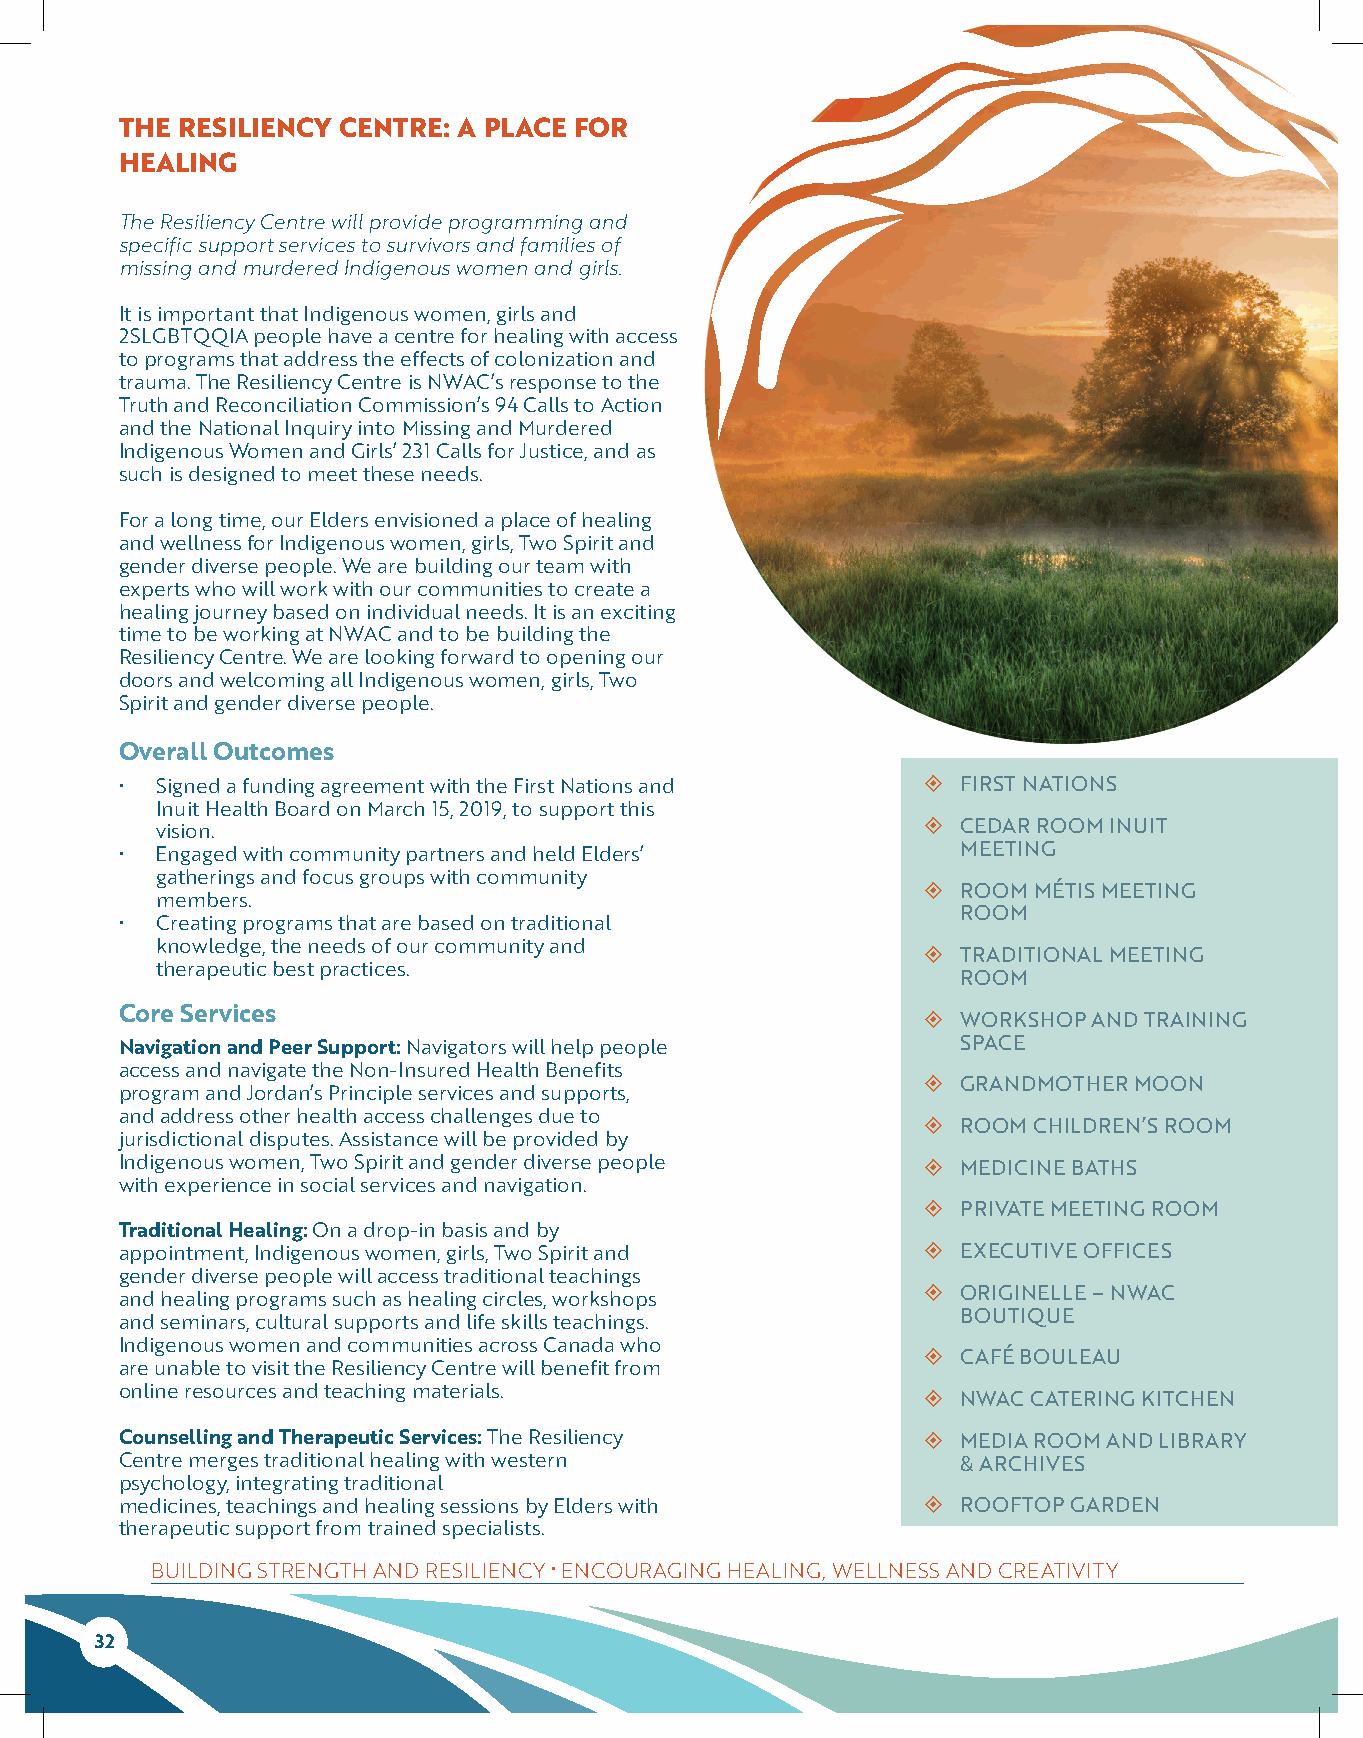
THE RESILIENCY CENTRE: A PLACE FOR
 HEALING
 The Resiliency Centre will provide programming and
 specific support services to survivors and families of
 missing and murdered Indigenous women and girls.
 It is important that Indigenous women, girls and
 2SLGBTQQIA people have a centre for healing with access
 to programs that address the effects of colonization and
 trauma. The Resiliency Centre is NWAC’s response to the
 Truth and Reconciliation Commission’s 94 Calls to Action
 and the National Inquiry into Missing and Murdered
 Indigenous Women and Girls’ 231 Calls for Justice, and as
 such is designed to meet these needs.
 For a long time, our Elders envisioned a place of healing
 and wellness for Indigenous women, girls, Two Spirit and
 gender diverse people. We are building our team with
 experts who will work with our communities to create a
 healing journey based on individual needs. It is an exciting
 time to be working at NWAC and to be building the
 Resiliency Centre. We are looking forward to opening our
 doors and welcoming all Indigenous women, girls, Two
 Spirit and gender diverse people.
 Overall Outcomes
 • Signed a funding agreement with the First Nations and  FIRST NATIONS
 Inuit Health Board on March 15, 2019, to support this
 vision.                                              CEDAR ROOM INUIT
 • Engaged with community partners and held Elders’      MEETING
 gatherings and focus groups with community
   ROOM MÉTIS MEETING
 members.
 ROOM
 • Creating programs that are based on traditional
 knowledge, the needs of our community and
   TRADITIONAL MEETING
 therapeutic best practices.
 ROOM
 Core Services                                          WORKSHOP AND TRAINING
 Navigation and Peer Support: Navigators will help people SPACE
 access and navigate the Non-Insured Health Benefits
   GRANDMOTHER MOON
 program and Jordan’s Principle services and supports,
 and address other health access challenges due to
   ROOM CHILDREN’S ROOM
 jurisdictional disputes. Assistance will be provided by
 Indigenous women, Two Spirit and gender diverse people  MEDICINE BATHS
 with experience in social services and navigation.
   PRIVATE MEETING ROOM
 Traditional Healing: On a drop-in basis and by
 appointment, Indigenous women, girls, Two Spirit and   EXECUTIVE OFFICES
 gender diverse people will access traditional teachings
   ORIGINELLE – NWAC
 and healing programs such as healing circles, workshops
 BOUTIQUE
 and seminars, cultural supports and life skills teachings.
 Indigenous women and communities across Canada who
   CAFÉ BOULEAU
 are unable to visit the Resiliency Centre will benefit from
 online resources and teaching materials.               NWAC CATERING KITCHEN
 Counselling and Therapeutic Services: The Resiliency   MEDIA ROOM AND LIBRARY
 Centre merges traditional healing with western          & ARCHIVES
 psychology, integrating traditional
 medicines, teachings and healing sessions by Elders with  ROOFTOP GARDEN
 therapeutic support from trained specialists.
 BUILDING STRENGTH AND RESILIENCY • ENCOURAGING HEALING, WELLNESS AND CREATIVITY
 32